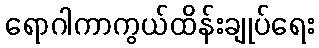
ရောဂါကာကွယ်ထိန်းချုပ်ရေး